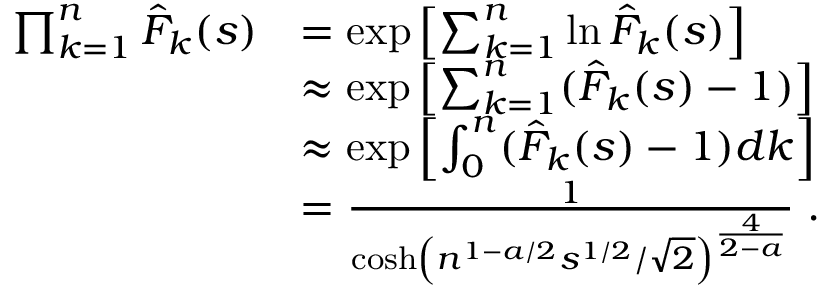
\begin{array} { r l } { \prod _ { k = 1 } ^ { n } \hat { F } _ { k } ( s ) } & { = \exp \left[ \sum _ { k = 1 } ^ { n } \ln \hat { F } _ { k } ( s ) \right] } \\ & { \approx \exp \left[ \sum _ { k = 1 } ^ { n } ( \hat { F } _ { k } ( s ) - 1 ) \right] } \\ & { \approx \exp \left[ \int _ { 0 } ^ { n } ( \hat { F } _ { k } ( s ) - 1 ) d k \right] } \\ & { = \frac { 1 } { \cosh \left( n ^ { 1 - a / 2 } s ^ { 1 / 2 } / \sqrt { 2 } \right) ^ { \frac { 4 } { 2 - a } } } \; . } \end{array}